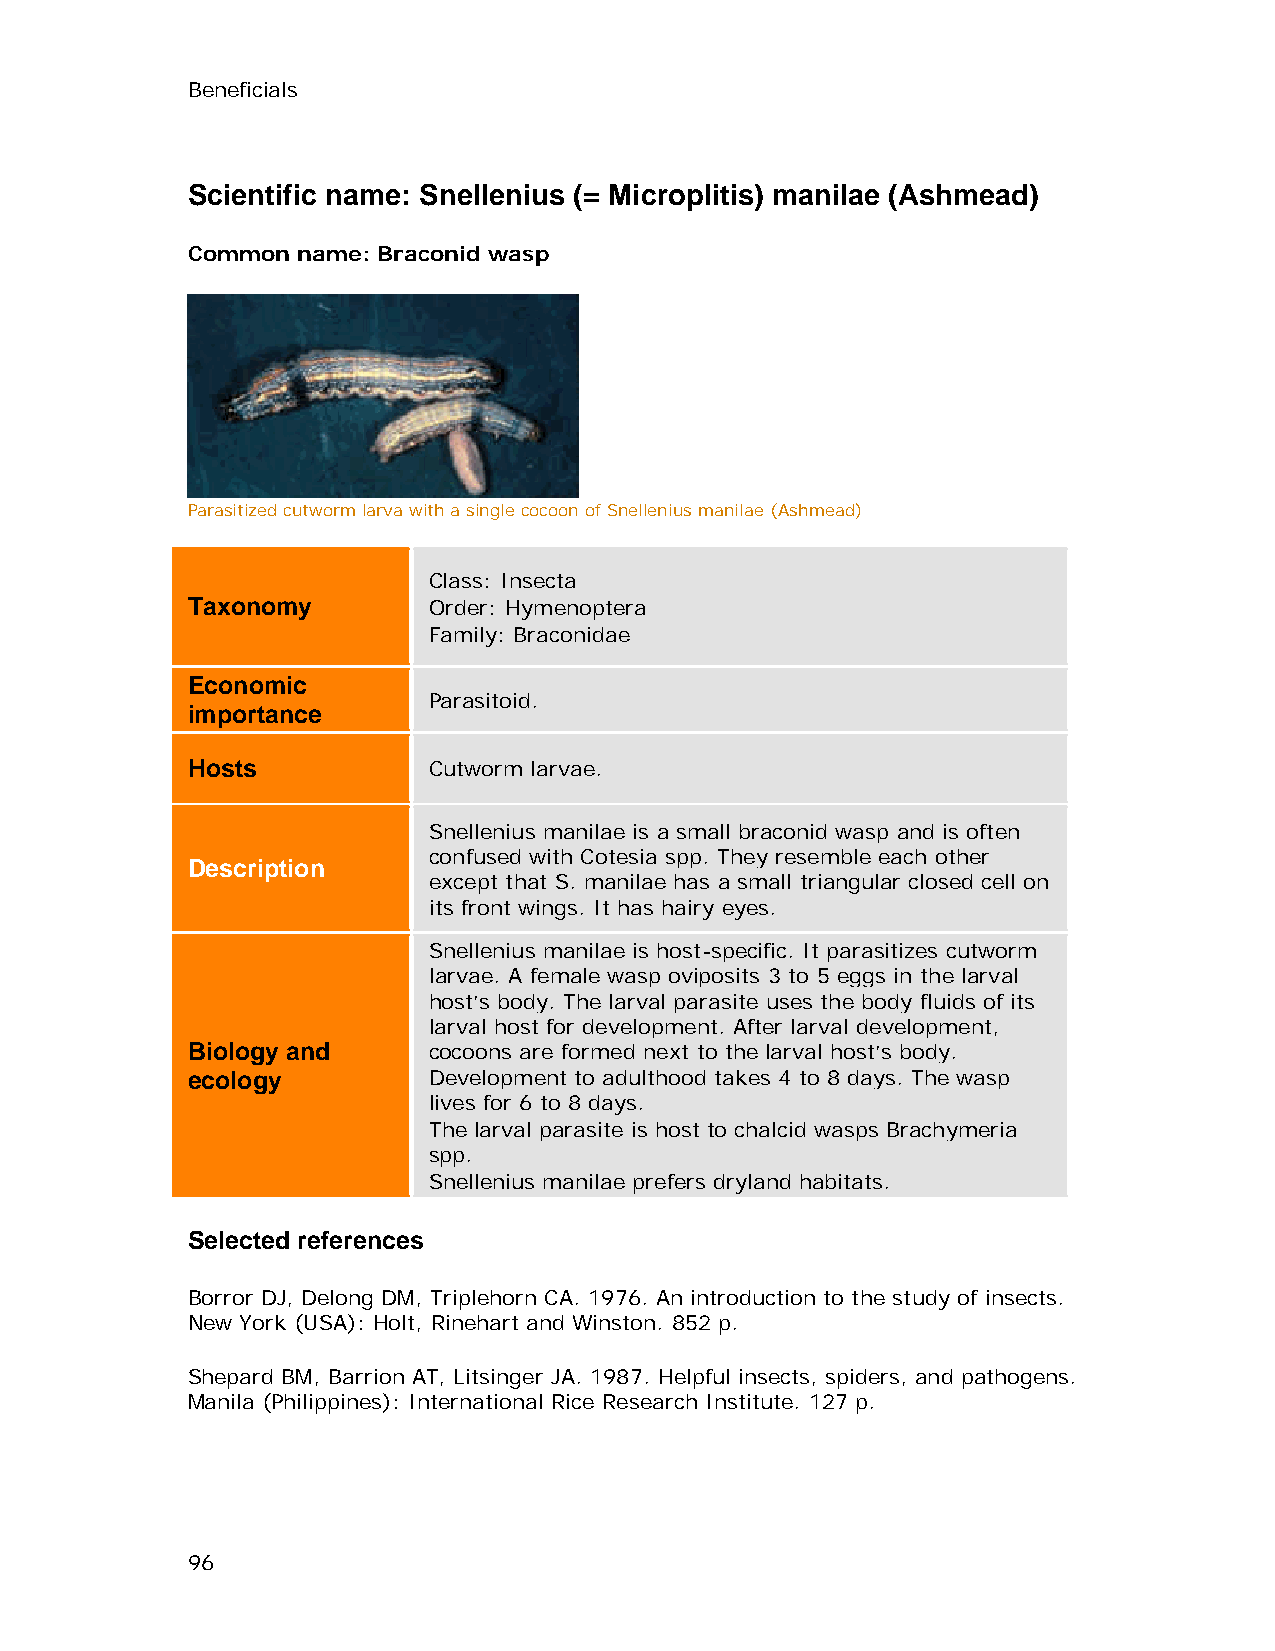
Beneficials
 Scientific name: Snellenius (= Microplitis) manilae (Ashmead)
 Common  name: Braconid wasp
 Parasitized cutworm larva with a single cocoon of Snellenius manilae (Ashmead)
 Class: Insecta
 Taxonomy        Order: Hymenoptera
 Family: Braconidae
 Economic
 Parasitoid.
 importance
 Hosts           Cutworm larvae.
 Snellenius manilae is a small braconid wasp and is often
 confused with Cotesia spp. They resemble each other
 Description
 except that S. manilae has a small triangular closed cell on
 its front wings. It has hairy eyes.
 Snellenius manilae is host-specific. It parasitizes cutworm
 larvae. A female wasp oviposits 3 to 5 eggs in the larval
 host’s body. The larval parasite uses the body fluids of its
 larval host for development. After larval development,
 Biology and     cocoons are formed next to the larval host’s body.
 ecology         Development to adulthood takes 4 to 8 days. The wasp
 lives for 6 to 8 days.
 The larval parasite is host to chalcid wasps Brachymeria
 spp.
 Snellenius manilae prefers dryland habitats.
 Selected references
 Borror DJ, Delong DM, Triplehorn CA. 1976. An introduction to the study of insects.
 New York (USA): Holt, Rinehart and Winston. 852 p.
 Shepard BM, Barrion AT, Litsinger JA. 1987. Helpful insects, spiders, and pathogens.
 Manila (Philippines): International Rice Research Institute. 127 p.
 96